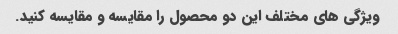
ویژگی های مختلف این دو محصول را مقایسه و مقایسه کنید.